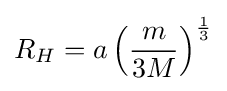
R_{H}=a\left({\frac {m}{3M}}\right)^{\frac {1}{3}}